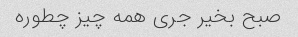
صبح بخیر جری همه چیز چطوره